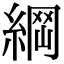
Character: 𦂴